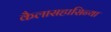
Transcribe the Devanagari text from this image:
कैलासहासिन्या